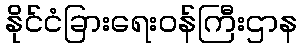
နိုင်ငံခြားရေးဝန်ကြီးဌာန